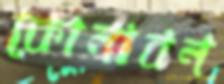
কোনাবন